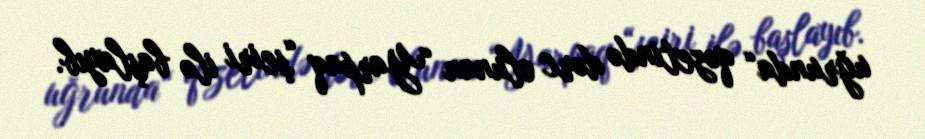
uğrunda“ qəzetində dərc olunan “Yarpaq “şeiri ilə başlayıb.